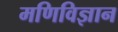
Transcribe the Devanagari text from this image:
मणिविज्ञान